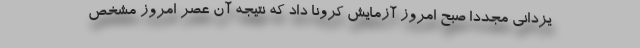
یزدانی مجدداً صبح امروز آزمایش کرونا داد که نتیجه آن عصر امروز مشخص